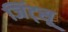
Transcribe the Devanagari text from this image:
जिंट्सू